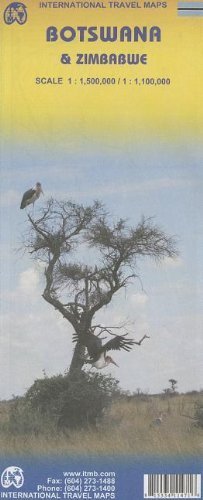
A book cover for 1. Botswana & Zimbabwe Travel Reference Map 1:1,5M/1:1,1M (International Travel Maps) by International Travel maps (2010) Map; Travel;